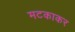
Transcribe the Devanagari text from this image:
मटकाकर